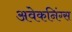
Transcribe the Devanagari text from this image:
अवेकनिंग्स